Reports on dispensaries and lunatic asylums in the Province of Oudh - 1869-1876
Year: 1869
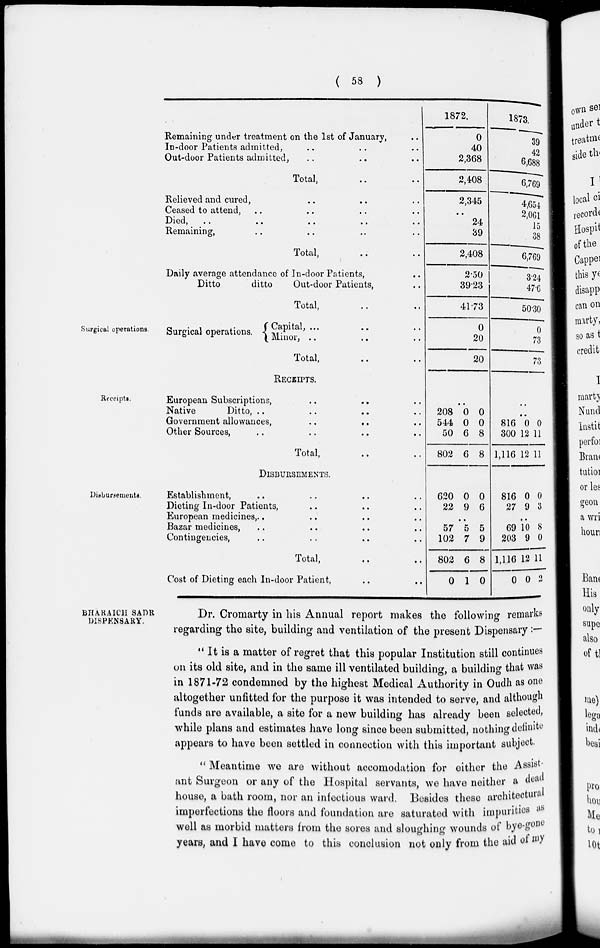
( 58 )
Surgical operations.
Remaining under treatment on the 1st of January, ..
In-door Patients admitted, .. .. ..
Out-door Patients admitted , .. .. ..
Total, .. ..
Relieved and cured, .. .. ..
Ceased to attend, .. .. .. ..
Died
,
..
..
..
..
..
Remaining, .. .. .. ..
Total, .. ..
Daily average attendance of In-door Patients,
..
Ditto
ditto
Out-door Patients, ..
Total, .. ..
Surgical operations.
Capital, .. .. ..
Minor, .. .. ..
Total, .. ..
1872.
0
40
2,368
2,408
2,345
..
24
39
2,408
2.50
39.23
41.73
0
20
20
1873.
39
42
6,688
6,769
4,654
2,061
15
38
6,769
3.24
47.6
50.30
0
73
73
Receipts.
RECEIPTS.
European Subscriptions, .. .. ..
Native
Ditto, .. .. ..
Government allowances, .. .. ..
Other Sources, .. .. ..
Total, .. ..
..
208
544
50
802
0
0
6
6
0
0
8
8
..
..
816
300
1,116
0
12
12
0
11
11
Disbursements.
DISBURSEMENTS.
Establishment, .. .. .. ..
Dieting In-door Patients, .. .. ..
European medicines, .. .. .. ..
Bazar medicines, .. .. .. ..
Contingencies, .. .. .. ..
Total, .. ..
Cost of Dieting each In-door Patient, .. ..
620
22
0
9
0
6
..
57
102
802
0
5
7
6
1
5
9
8
0
816
27
0
9
0
3
..
69
203
1,116
0
10
9
12
0
8
0
11
2
BHARAICH SADR
DISPENSARY.
Dr. Cromarty in his Annual report makes the following remarks
regarding the site, building and ventilation of the present Dispensary : —
" It is a matter of regret that this popular Institution still continues
on its old site, and in the same ill ventilated building, a building that was
in 1871-72 condemned by the highest Medical Authority in Oudh as one
altogether unfitted for the purpose it was intended to serve, and although
funds are available, a site for a new building has already been selected,
while plans and estimates have long since been submitted, nothing definite
appears to have been settled in connection with this important subject.
'' Meantime we are without accomodation for either the Assist-
ant Surgeon or any of the Hospital servants, we have neither a dead
house, a bath room, nor an infectious ward. Besides these architectural
imperfections the floors and foundation are saturated with impuritie as
well as morbid matters from the sores and sloughing wounds of bye-gone
years, and I have come to this conclusion not only from the aid of my